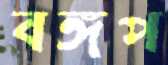
বঙ্গপ